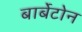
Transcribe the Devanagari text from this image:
बार्बेटोन